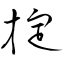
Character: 掟